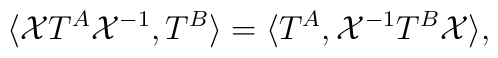
\langle {\cal X}T^{A}{\cal X}^{-1}, T^{B}\rangle =\langle T^{A},{\cal X}^{-1}T^{B}{\cal X}\rangle,